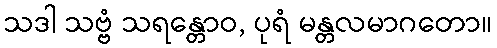
သဒါ သဗ္ဗံ သရန္တောဝ, ပုရံ မန္တလမာဂတော။